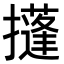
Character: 𢸚